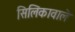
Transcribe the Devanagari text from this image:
सिलिकावाले